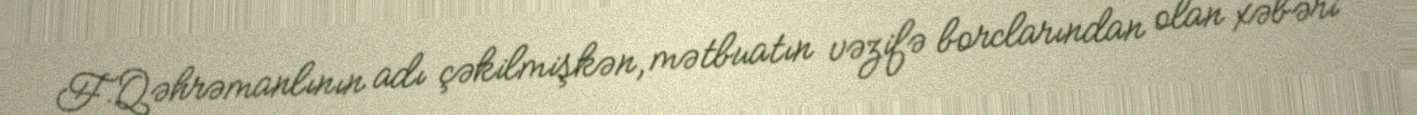
F.Qəhrəmanlının adı çəkilmişkən, mətbuatın vəzifə borclarından olan xəbəri